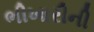
ભીખારીની